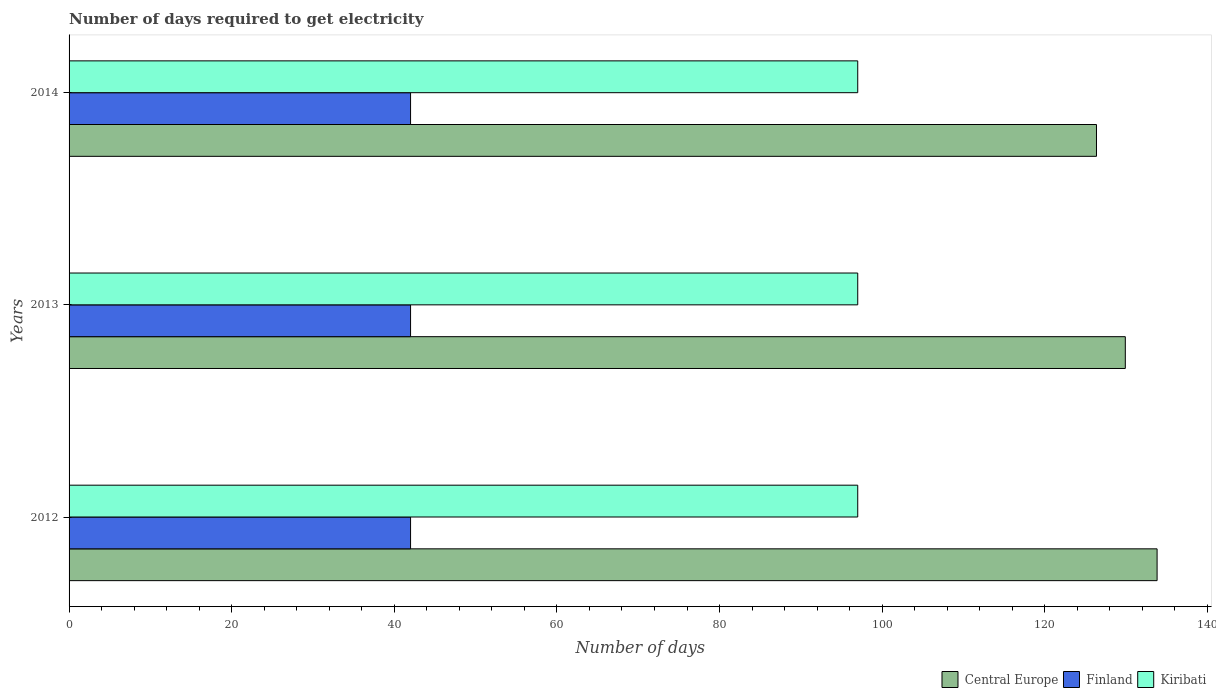
| Years | Central Europe | Finland | Kiribati |
 | --- | --- | --- | --- |
 | 2012 | 134 | 42 | 97 |
 | 2013 | 130 | 42 | 97 |
 | 2014 | 126 | 42 | 97 |